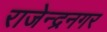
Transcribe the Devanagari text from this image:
राजेन्द्रनगर